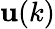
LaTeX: \mathbf{u}(k)